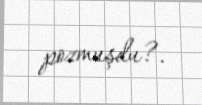
pozmuşdu?.